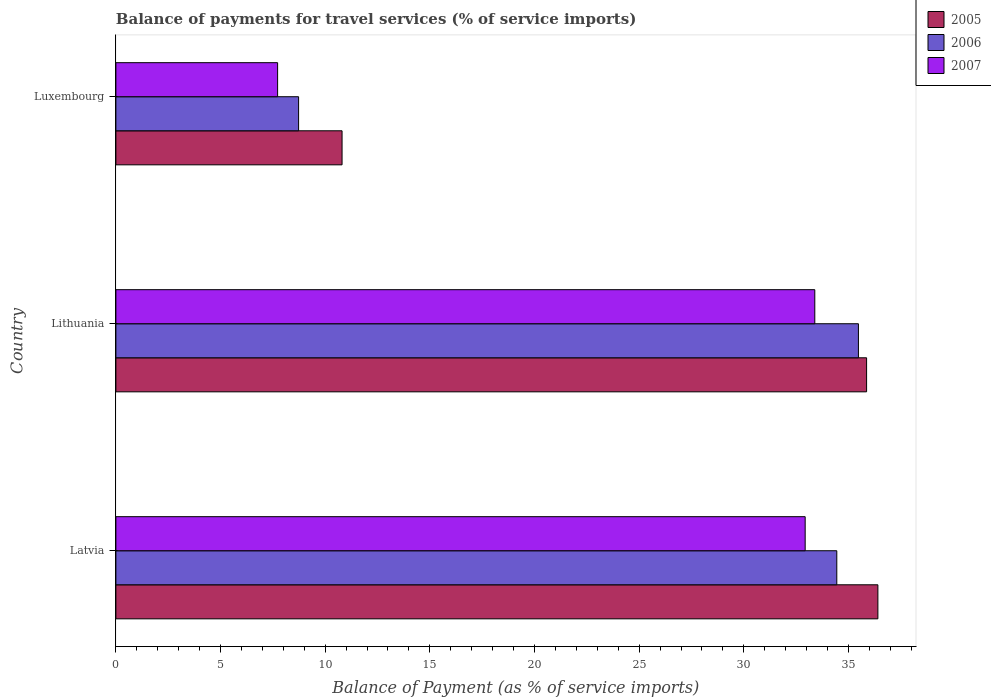
| Country | 2005 | 2006 | 2007 |
 | --- | --- | --- | --- |
 | Latvia | 36.4 | 34.4 | 32.9 |
 | Lithuania | 35.9 | 35.5 | 33.4 |
 | Luxembourg | 10.8 | 8.73 | 7.73 |